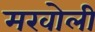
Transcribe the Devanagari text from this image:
मखोली